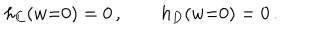
h _ { C } ( w { = } 0 ) = 0 \, , \qquad h _ { D } ( w { = } 0 ) = 0 \, .